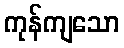
ကုန်ကျသော